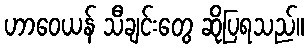
ဟာဝေယန် သီချင်းတွေ ဆိုပြရသည်။